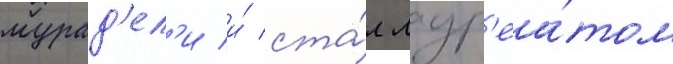
мурад'ел'и и́ ста́л лаур'еа́том